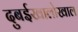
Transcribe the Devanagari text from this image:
दुबईखालोखाल